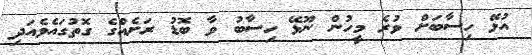
އުޅޭ ހިސާބަށް ވުރެ މީހުން ނޫޅޭ ހިސާބު ވާ ބޮޑު ރަށެއްގެ ގޮތުގައެވެއަދި